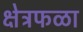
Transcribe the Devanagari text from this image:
क्षेत्रफळा